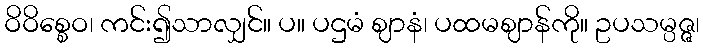
ဝိဝိစ္စေဝ၊ ကင်း၍သာလျှင်။ ပ။ ပဌမံ ဈာနံ၊ ပထမဈာန်ကို။ ဥပသမ္ပဇ္ဇ၊